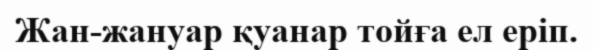
Жан-жануар қуанар тойға ел еріп.